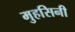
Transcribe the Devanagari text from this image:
मुहसिनी